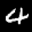
Label: 4